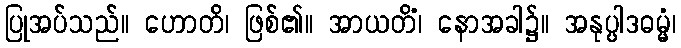
ပြုအပ်သည်။ ဟောတိ၊ ဖြစ်၏။ အာယတိံ၊ နောအခါ၌။ အနုပ္ပါဒဓမ္မံ၊